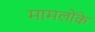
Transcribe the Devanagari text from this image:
मामलोंके